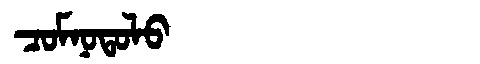
Manchu: ᠴᠣᠮᠨᠣᡨᠣᠯᠣ
Romanization: COMNOTOLO